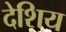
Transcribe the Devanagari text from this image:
देशिय